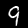
Digit: 9